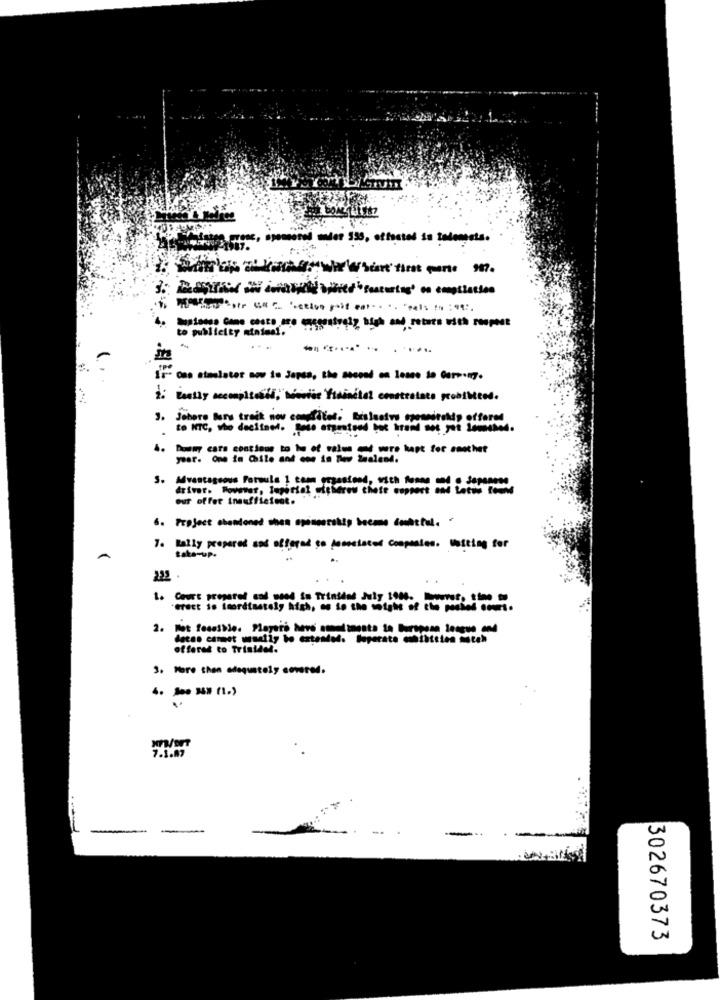
Frase, sponsored meder 595, offseted in talomgata.
Insieme Come costs are capcentraly high and return with respect
3. Jehore Bars track nov confites. Brslustvs spessirakip offered
4. Domy cars contiene to ho of value cod were hapt for another
year. One in Chile and one in New Zealand.
driver. However, Iuperte? - fp
our offer Insufficient.
6. Project abandoned shen apineerskip became dufttul. '
7. Bally prepared and offered to asociaced Companies. Waiting for
A
taka-up.
1. Court prepared cad used to Trinidad July 100. puss, time
2. Net Tossible. Players here amendments ta burupoza longue cod
offered to Tristach.
3. More than adequately covered.
7.1.87
-
302670373